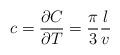
LaTeX: \begin{align*}c=\frac{\partial C}{\partial T}=\frac{\pi}{3}\frac{l}{v}\end{align*}